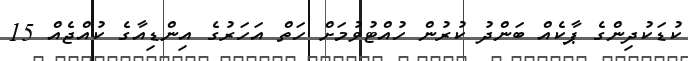
ކުޑަކުދިންގެ ޕާކެއް ބަންދު ކުރުން ހުއްޓުވުމަށް ހަތް އަހަރުގެ އިންޑިއާގެ ކުއްޖެއް 15